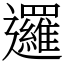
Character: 邏